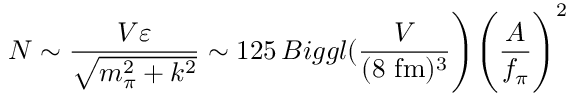
N \sim \frac { V \varepsilon } { \sqrt { m _ { \pi } ^ { 2 } + k ^ { 2 } } } \sim 1 2 5 \, B i g g l ( \frac { V } { ( 8 ~ \mathrm { f m } ) ^ { 3 } } \Biggr ) \Biggl ( \frac { A } { f _ { \pi } } \Biggr ) ^ { 2 }